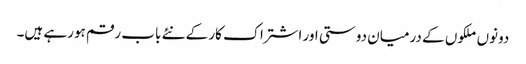
دونوں ملکوں کے درمیان دوستی اور اشتراک کار کے نئے باب رقم ہورہے ہیں۔